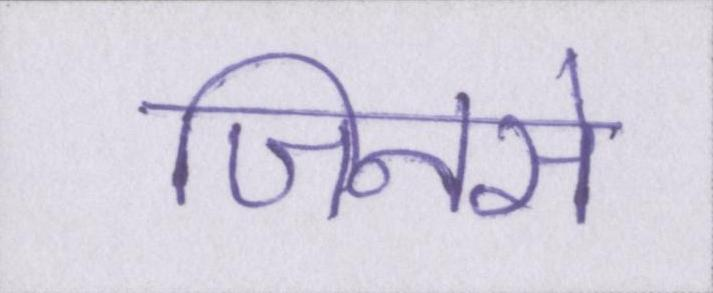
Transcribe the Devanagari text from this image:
जिनसे